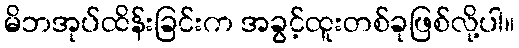
မိဘအုပ်ထိန်းခြင်းက အခွင့်ထူးတစ်ခုဖြစ်လို့ပါ။